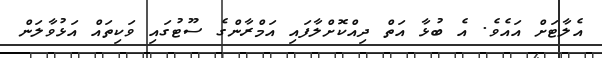
އެލާޓަށް އައެވެ. އެ ބުޅާ އަތް ދިއްކޮށްލާފައި އަމްރާންގެ ސޫޓުގައި ވަކިތައް އަޅުވާލަން